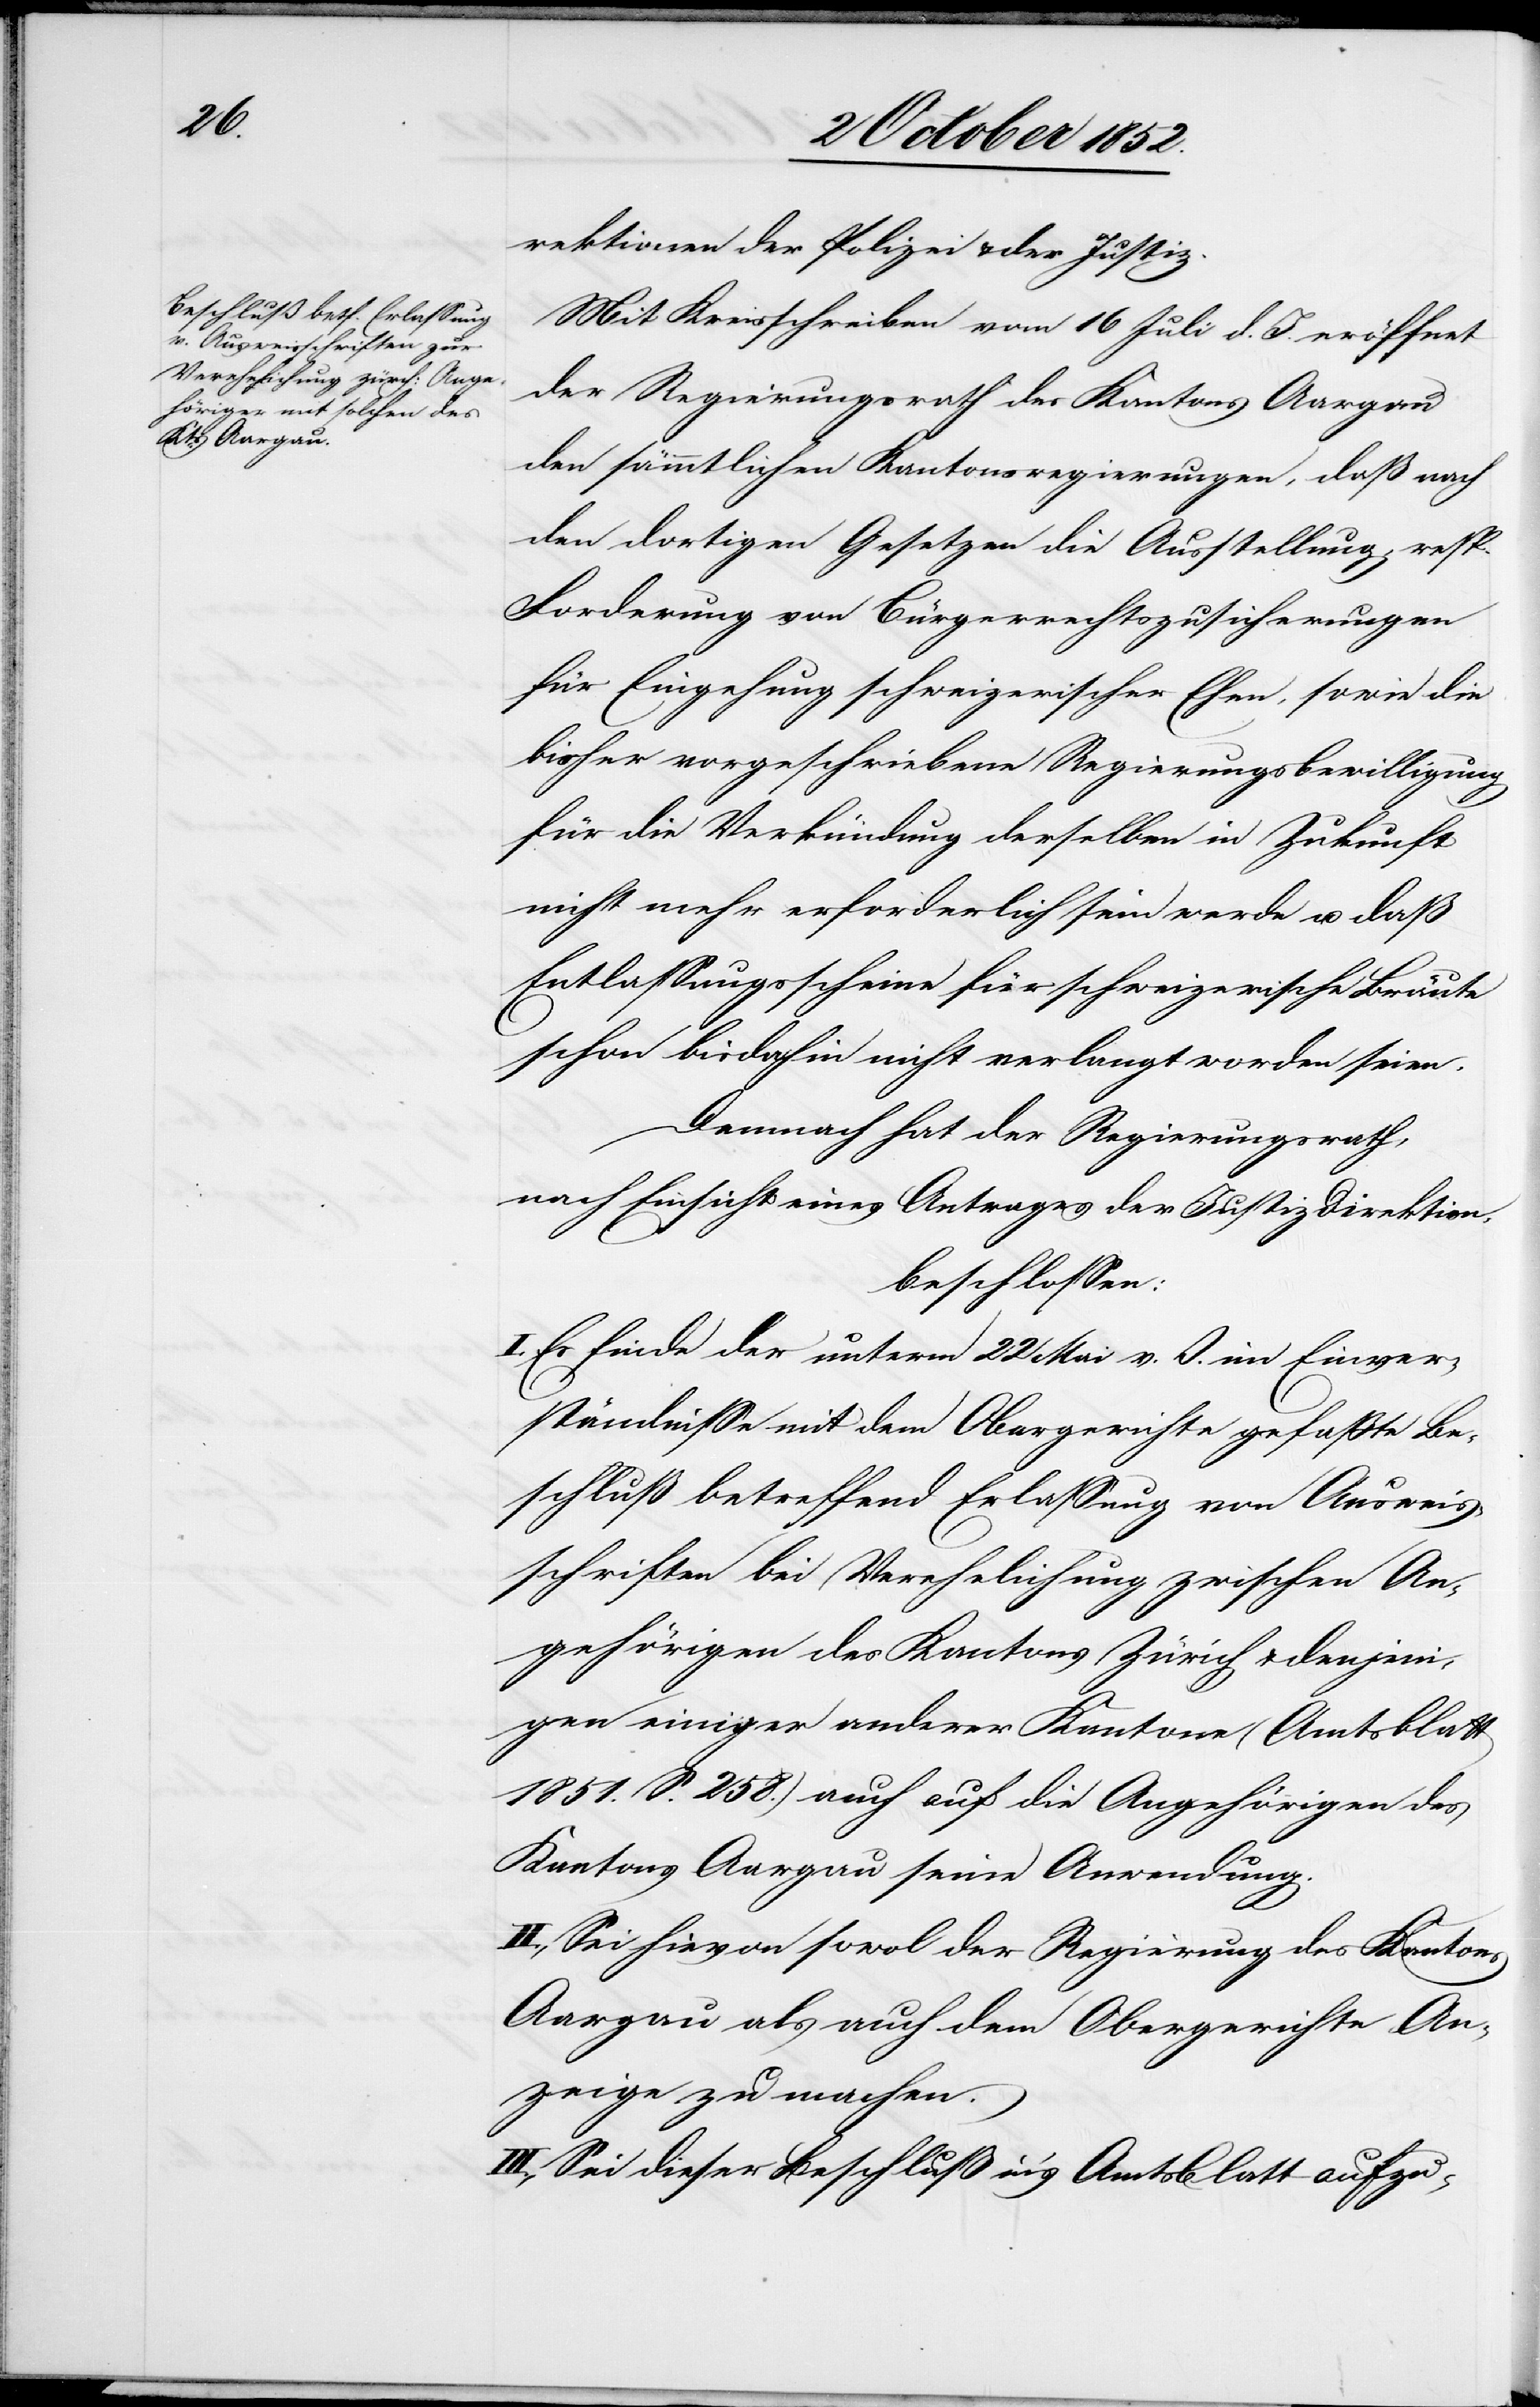
rektionen der Polizei & der Justiz.
Mit Kreisschreiben vom 16 Juli d. J. eröffnet
der Regierungsrath des Kantons Aargau
den sämmtlichen Kantonsregierungen, daß nach
den dortigen Gesetzen die Ausstellung, resp.
Forderung von Bürgerrechtszusicherungen
für Eingehung schweizerischer Ehen, sowie die
bisher vorgeschriebene Regierungsbewilligung
für die Verkündung derselben in Zukunft
nicht mehr erforderlich sein werde u. daß
Entlassungsscheine für schweizerische Bräute
schon bisdahin nicht verlangt worden seien.
Demnach hat der Regierungsrath,
nach Einsicht eines Antrages der Justiz[-]Direktion,
beschlossen:
I. Es finde der unterm 22 Mai v. J. im Einver¬
ständnisse mit dem Obergerichte gefaßte Be¬
schluß betreffend Erlassung von Ausweis¬
schriften bei Verehelichung zwischen An¬
gehörigen des Kantons Zürich & denjeni¬
gen einiger anderer Kantone (Amtsblatt
1851. S. 258.) auch auf die Angehörigen des
Kantons Aargau seine Anwendung.
II., Sei hievon sowol der Regierung des Kantons
Aargau als auch dem Obergerichte An¬
zeige zu machen.
III., Sei dieser Beschluß in’s Amtsblatt aufzu-